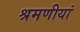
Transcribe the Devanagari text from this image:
श्रमणीयां